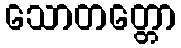
သောတတ္တော